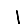
Digit: 1